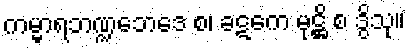
ကမ္မာရဘဏ္ဍဘေဒေ စ၊ ခဋကေ မုဋ္ဌိ စ ဒွိသု။